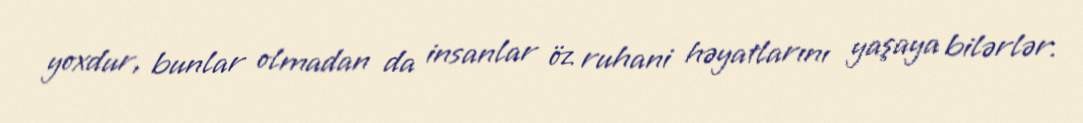
yoxdur, bunlar olmadan da insanlar öz ruhani həyatlarını yaşaya bilərlər.